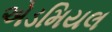
એડમિયલ